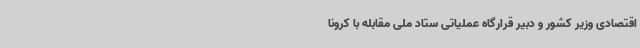
اقتصادی وزیر کشور و دبیر قرارگاه عملیاتی ستاد ملی مقابله با کرونا